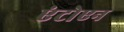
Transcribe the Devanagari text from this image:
एंटोएन